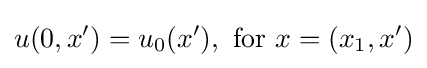
u(0,x')=u_{0}(x'),{\text{ for }}x=(x_{1},x')